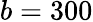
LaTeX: b=300